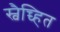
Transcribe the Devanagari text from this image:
स्वैच्च्हित